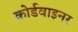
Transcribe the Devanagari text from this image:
कोर्डवाइनर